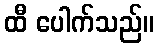
ထီ ပေါက်သည်။